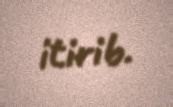
itirib.